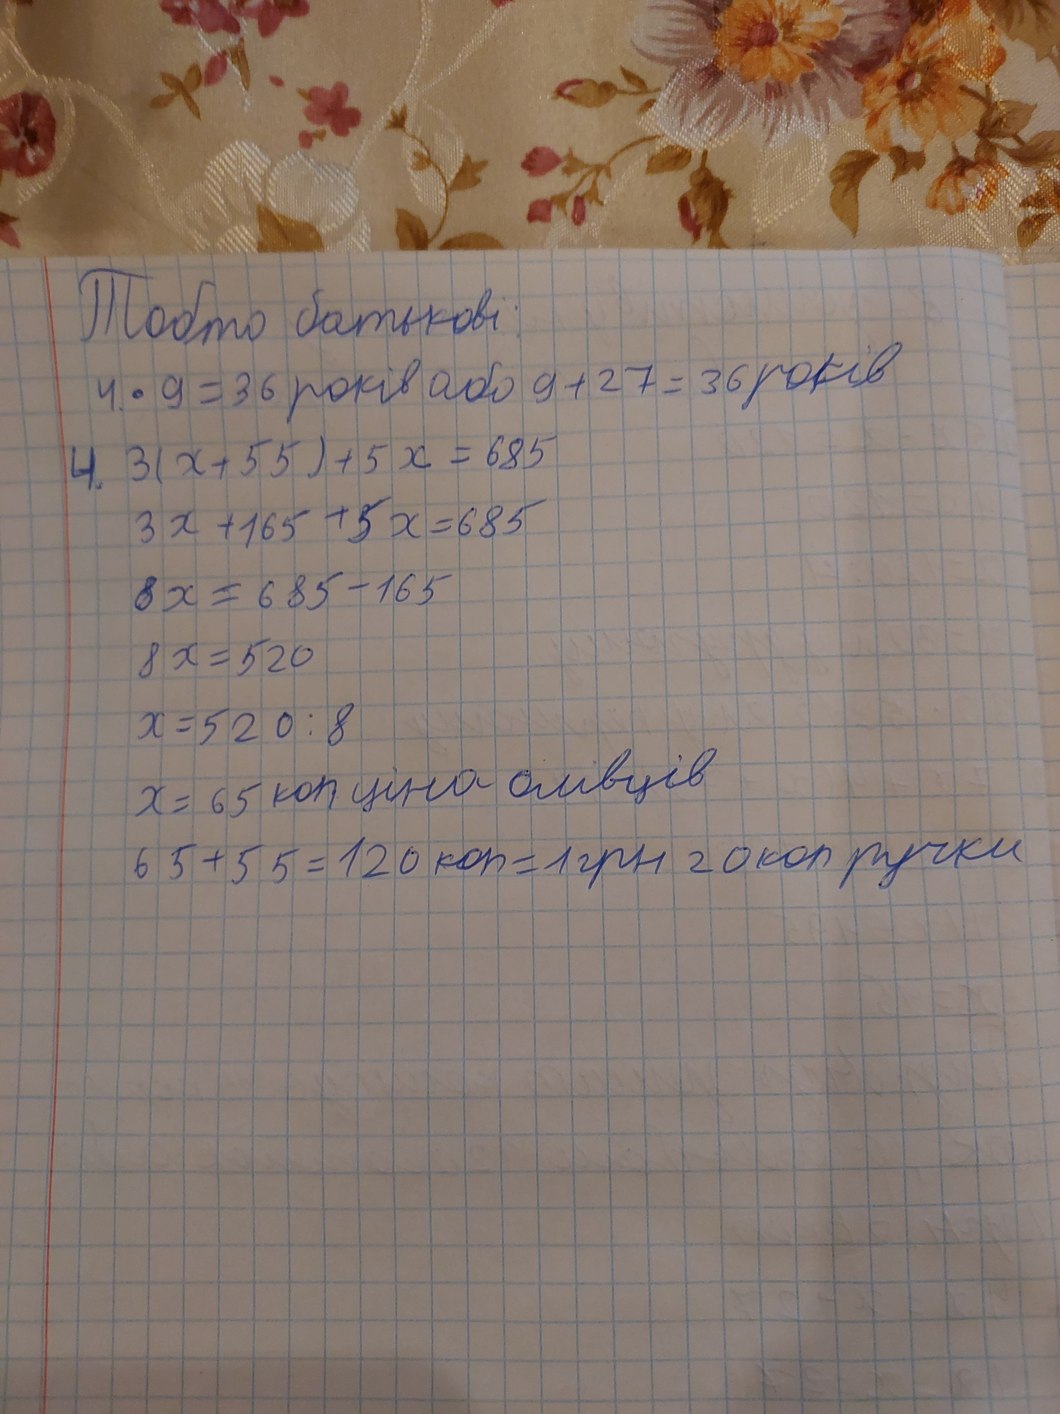
Тобто батькові:
4 * 9 = 36 років або 9 + 27 = 36 років
4. 3(x + 55) + 5x = 685
3x + 165 + 5x = 685
8x = 685 - 165
8x = 520
x = 520 \div 8
x = 65 коп ціна олівців
65 + 55 = 120 коп = 1 грн 20 коп ручки